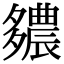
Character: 𨑊